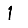
Digit: 1